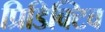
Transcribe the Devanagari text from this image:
प्रिडिक्टिव